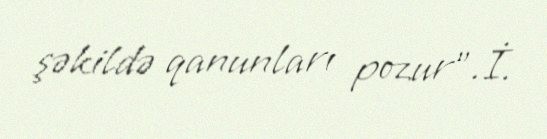
şəkildə qanunları pozur”.İ.